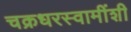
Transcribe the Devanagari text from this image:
चक्रधरस्वामींशी